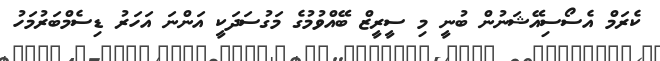
ކެރަމް އެސޯސިއޭޝަނުން ބުނީ މި ސީރީޒް ބޭއްވުމުގެ މަގުސަދަކީ އަންނަ އަހަރު ޑިސެމްބަރުމަހު